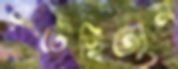
রটেছিলেন